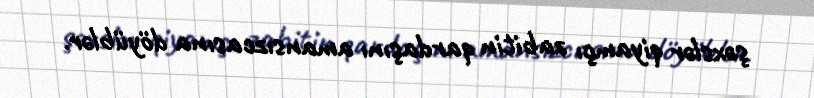
şəxslər qiyamçı zabitin qardaşını amansızcasına döyüblər.